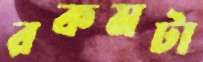
রকমটা